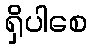
ရှိပါစေ